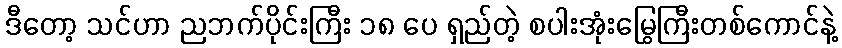
ဒီတော့ သင်ဟာ ညဘက်ပိုင်းကြီး ၁၈ ပေ ရှည်တဲ့ စပါးအုံးမြွေကြီးတစ်ကောင်နဲ့